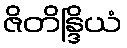
ဇိတိန္ဒြိယံ